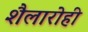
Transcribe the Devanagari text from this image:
शैलारोही